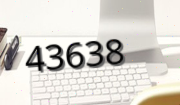
43638